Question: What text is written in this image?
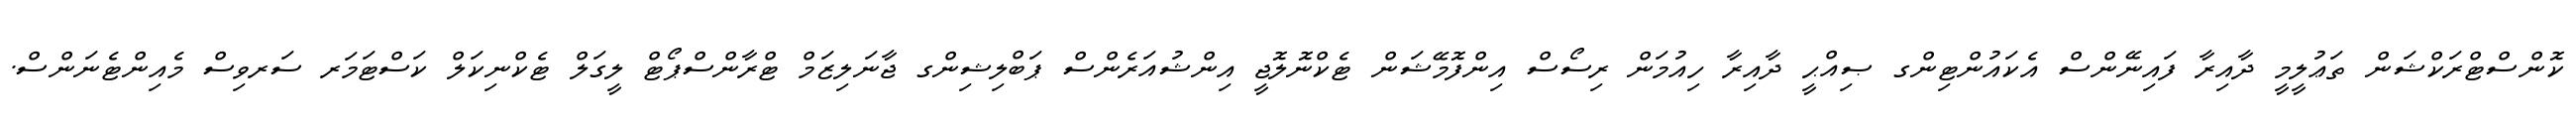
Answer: ކޮންސްޓްރަކްޝަން ތަޢުލީމީ ދާއިރާ ފައިނޭންސް އެކައުންޓިންގ ޞިއްޙީ ދާއިރާ ހިއުމަން ރިސޯސް އިންފޮމޭޝަން ޓެކްނޮލޮޖީ އިންޝުއަރެންސް ޕަބްލިޝިންގ ޖާނަލިޒަމް ޓްރާންސްޕޯޓް ލީގަލް ޓެކްނިކަލް ކަސްޓަމަރ ސަރވިސް މެއިންޓެނަންސް.